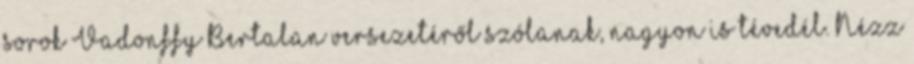
sorok Vadonffy Bertalan versezetéről szólanak, nagyon is tévedél. Nézz